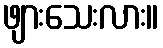
ဖျားသေးလား။